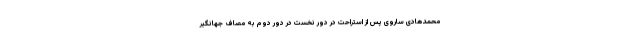
محمدهادی ساروی پس از استراحت در دور نخست در دور دوم به مصاف جهانگیر